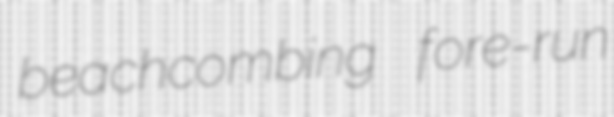
beachcombing fore-run